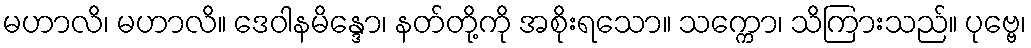
မဟာလိ၊ မဟာလိ။ ဒေဝါနမိန္ဒော၊ နတ်တို့ကို အစိုးရသော။ သက္ကော၊ သိကြားသည်။ ပုဗ္ဗေ၊